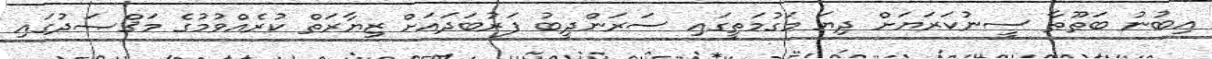
އިބުނު ބަޠޫޠާ ސީނުކަރަޔަށް ދިޔަ މަގުމަތީގައި ސަރަންދީބު ފަރުބަދައަށް ޒިޔާރަތް ކުރެއްވުމުގެ މަޤްޞަދުގައި